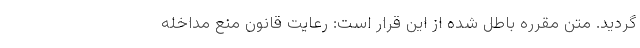
گردید. متن مقرره باطل شده از این قرار است: رعایت قانون منع مداخله